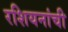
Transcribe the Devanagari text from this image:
रशियनांची